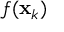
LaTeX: f ( \mathbf { x } _ { k } )